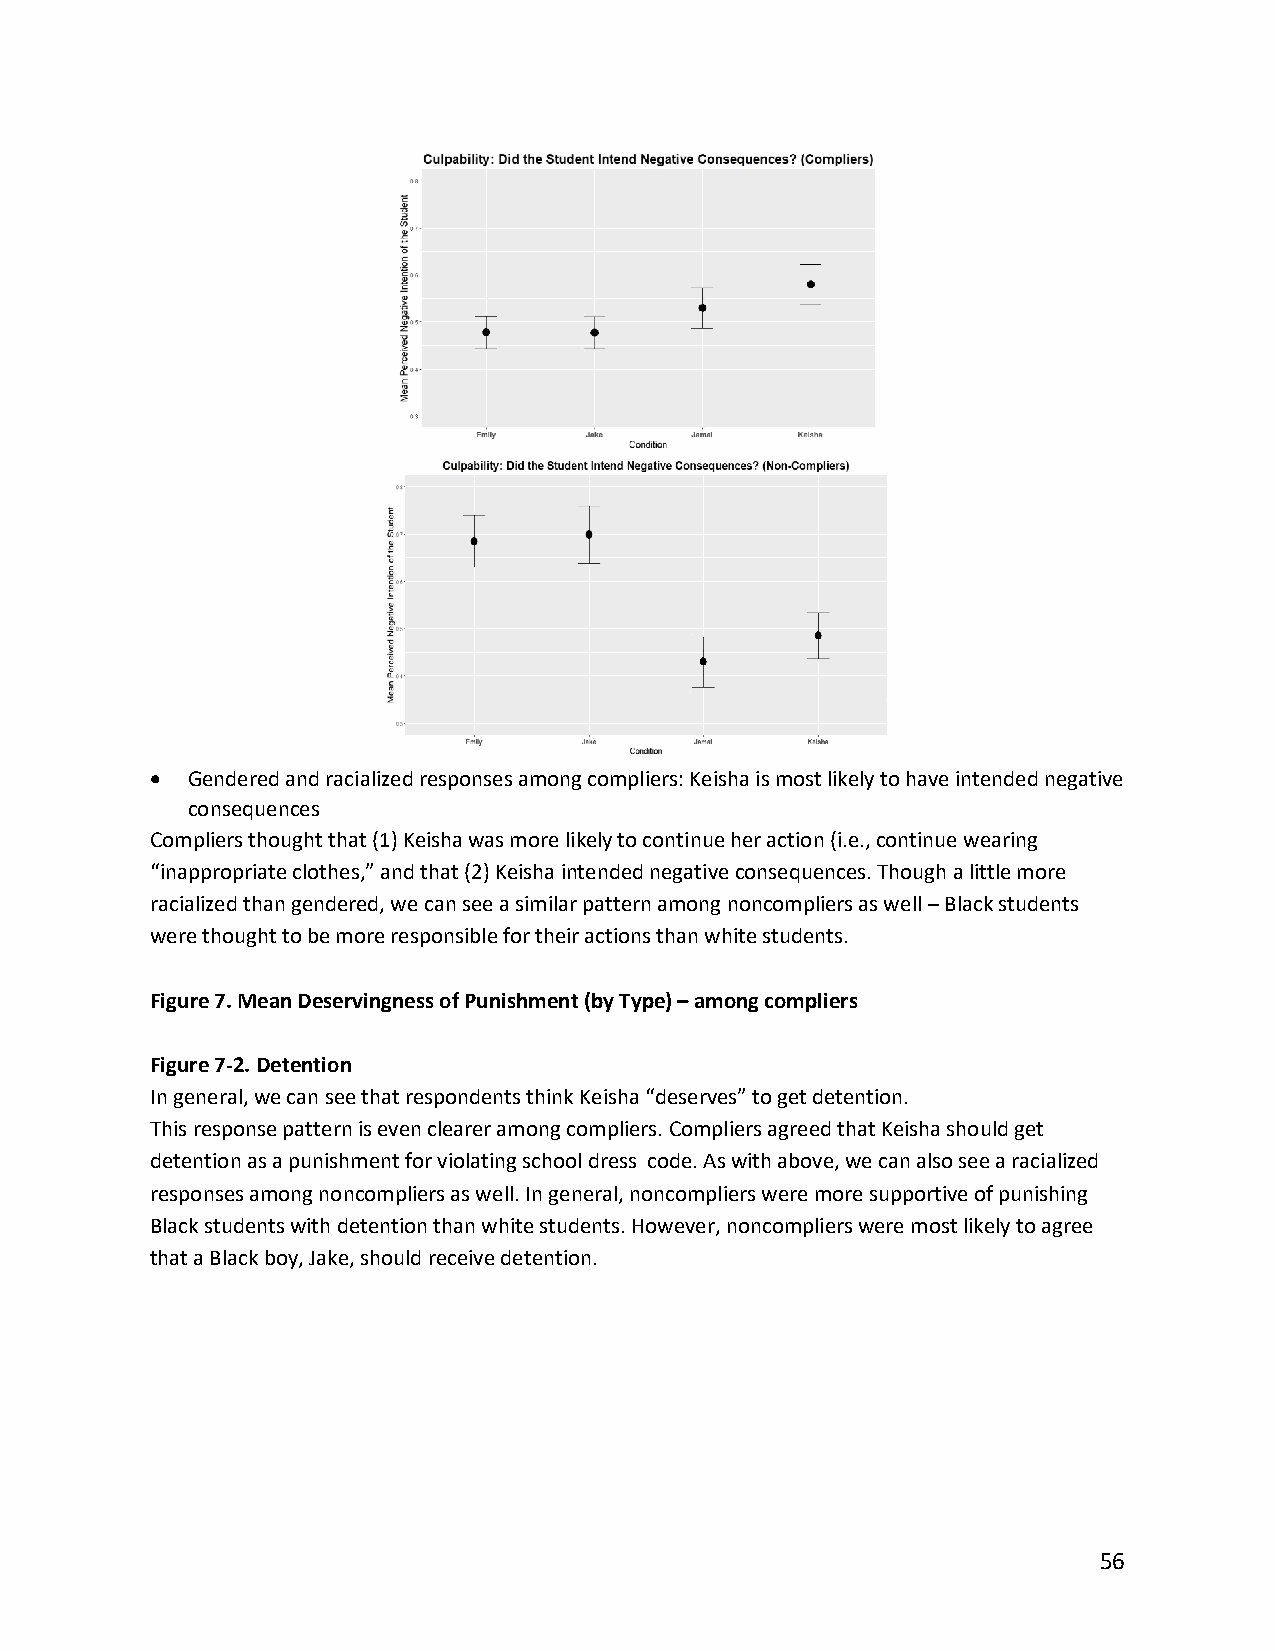
• Gendered and racialized responses among compliers: Keisha is most likely to have intended negative
 consequences
 Compliers thought that (1) Keisha was more likely to continue her action (i.e., continue wearing
 “inappropriate clothes,” and that (2) Keisha intended negative consequences. Though a little more
 racialized than gendered, we can see a similar pattern among noncompliers as well – Black students
 were thought to be more responsible for their actions than white students.
 Figure 7. Mean Deservingness of Punishment (by Type) – among compliers
 Figure 7-2. Detention
 In general, we can see that respondents think Keisha “deserves” to get detention.
 This response pattern is even clearer among compliers. Compliers agreed that Keisha should get
 detention as a punishment for violating school dress code. As with above, we can also see a racialized
 responses among noncompliers as well. In general, noncompliers were more supportive of punishing
 Black students with detention than white students. However, noncompliers were most likely to agree
 that a Black boy, Jake, should receive detention.
 56